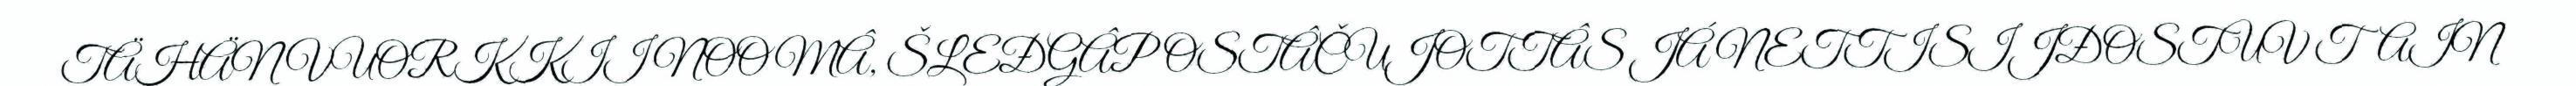
TÄHÄN VUORKKII NOOMÂ, ŠLEĐGÂPOSTÂČUJOTTÂS JÁ NETTISIJĐOSTUV TAIN